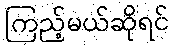
ကြည့်မယ်ဆိုရင်